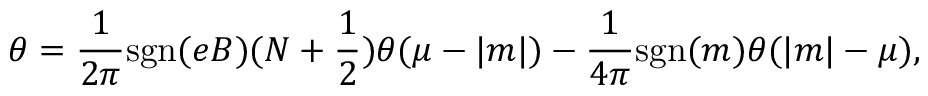
\theta = \frac { 1 } { 2 \pi } \mathrm { s g n } ( e B ) ( N + \frac { 1 } { 2 } ) \theta ( \mu - | m | ) - \frac { 1 } { 4 \pi } \mathrm { s g n } ( m ) \theta ( | m | - \mu ) ,